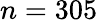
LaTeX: n=305